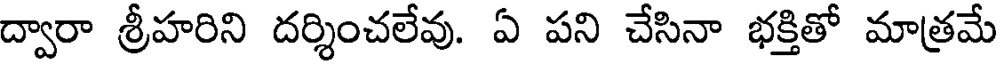
ద్వారా శ్రీహరిని దర్శించలేవు. ఏ పని చేసినా భక్తితో మాత్రమే